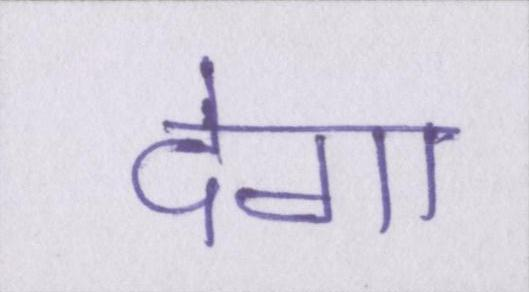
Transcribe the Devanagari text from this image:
देगा